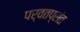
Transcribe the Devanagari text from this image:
पर्वतप्रांत